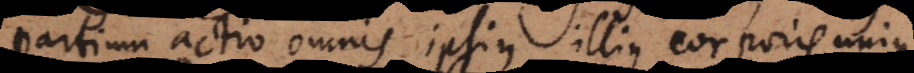
partium actio omnis ipsius illius corporis unius